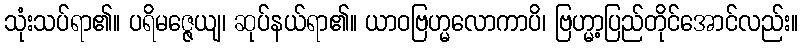
သုံးသပ်ရာ၏။ ပရိမဇ္ဇေယျ၊ ဆုပ်နယ်ရာ၏။ ယာဝဗြဟ္မလောကာပိ၊ ဗြဟ္မာ့ပြည်တိုင်အောင်လည်း။